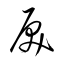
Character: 戻